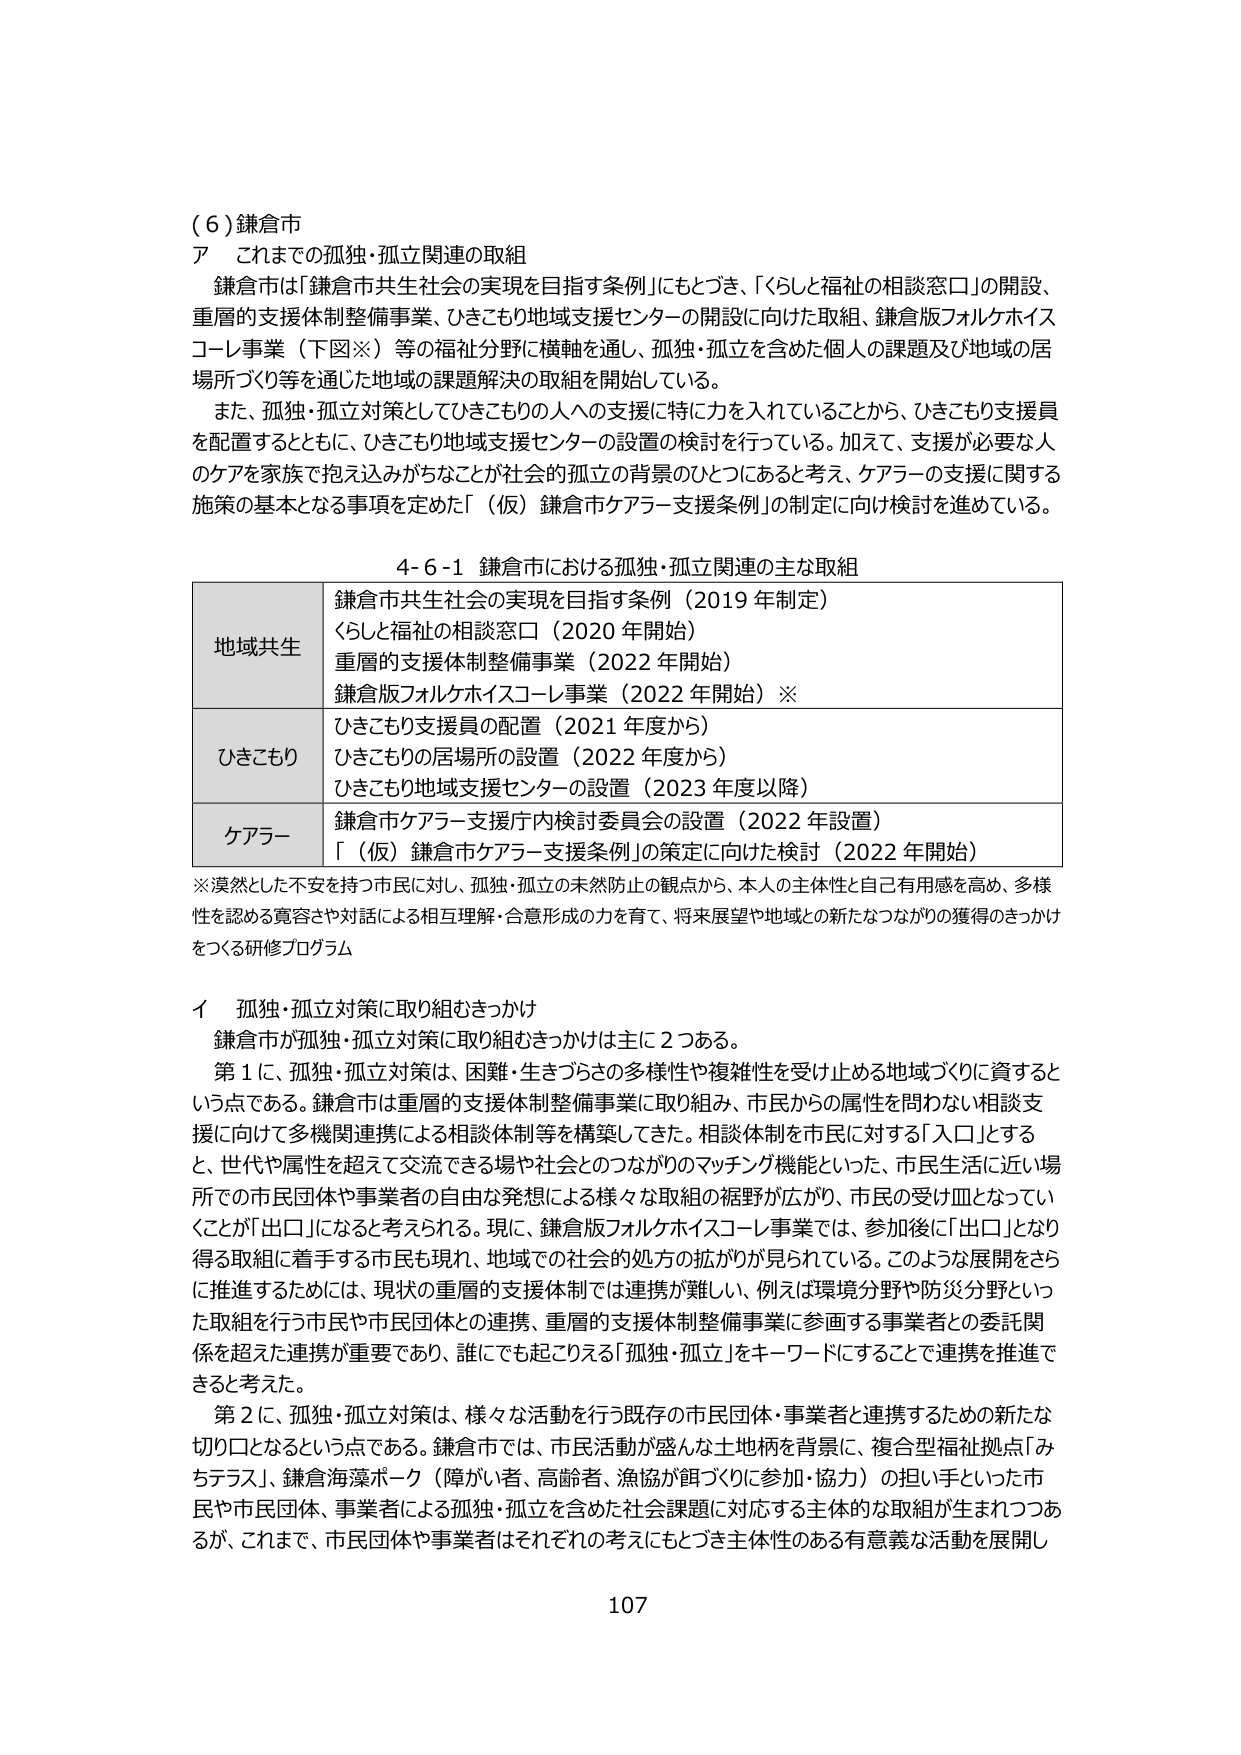
（６）鎌倉市
ア　これまでの孤独・孤立関連の取組
　鎌倉市は「鎌倉市共生社会の実現を目指す条例」にもとづき、「くらしと福祉の相談窓口」の開設、
重層的支援体制整備事業、ひきこもり地域支援センターの開設に向けた取組、鎌倉版フォルクホイス
コーレ事業（下図※）等の福祉分野に横軸を通し、孤独・孤立を含めた個人の課題及び地域の居
場所づくり等を通じた地域の課題解決の取組を開始している。
　また、孤独・孤立対策としてひきこもりの人への支援に特に力を入れていることから、ひきこもり支援員
を配置するとともに、ひきこもり地域支援センターの設置の検討を行っている。加えて、支援が必要な人
のケアを家族で抱え込みがちなことが社会的孤立の背景のひとつにあると考え、ケアラーの支援に関する
施策の基本となる事項を定めた「（仮）鎌倉市ケアラー支援条例」の制定に向け検討を進めている。

4-6-1 鎌倉市における孤独・孤立関連の主な取組

| 地域共生 | 鎌倉市共生社会の実現を目指す条例（2019 年制定）
くらしと福祉の相談窓口（2020 年開始）
重層的支援体制整備事業（2022 年開始）
鎌倉版フォルクホイスコーレ事業（2022 年開始）※ |
|----------|------------------------------------------------------------------------------------------------------------------|
| ひきこもり | ひきこもり支援員の配置（2021 年度から）
ひきこもりの居場所の設置（2022 年度から）
ひきこもり地域支援センターの設置（2023 年度以降） |
| ケアラー | 鎌倉市ケアラー支援庁内検討委員会の設置（2022 年設置）
「（仮）鎌倉市ケアラー支援条例」の策定に向けた検討（2022 年開始） |

※漠然とした不安を持つ市民に対し、孤独・孤立の未然防止の観点から、本人の主体性と自己有用感を高め、多様
性を認める寛容さや対話による相互理解・合意形成の力を育て、将来展望や地域との新たなつながりの獲得のきっかけ
をつくる研修プログラム

イ　孤独・孤立対策に取り組むきっかけ
　鎌倉市が孤独・孤立対策に取り組むきっかけは主に２つある。
　第１に、孤独・孤立対策は、困難・生きづらさの多様性や複雑性を受け止められる地域づくりに資すると
いう点である。鎌倉市は重層的支援体制整備事業に取り組み、市民からの属性を問わない相談支
援に向けて多機関連携による相談体制等を構築してきた。相談体制を市民に対する「入口」とする
と、世代や属性を超えて交流できる場や社会とのつながりのマッチング機能といった、市民生活に近い場
所での市民団体や事業者の自由な発想による様々な取組の裾野が広がり、市民の受け皿となってい
くことが「出口」になると考えられる。現に、鎌倉版フォルクホイスコーレ事業では、参加後に「出口」となり
得る取組に着手する市民も現れ、地域での社会的処方の拡がりが見られている。このような展開をさら
に推進するためには、現状の重層的支援体制では連携が難しい、例えば環境分野や防災分野といった
取組を行う市民や市民団体との連携、重層的支援体制整備事業に参画する事業者との委託関
係を超えた連携が重要であり、誰にでも起こりえる「孤独・孤立」をキーワードにすることで連携を推進で
きると考えた。
　第２に、孤独・孤立対策は、様々な活動を行う既存の市民団体・事業者と連携するための新たな
切り口となるという点である。鎌倉市では、市民活動が盛んな土地柄を背景に、複合型福祉拠点「み
ちテラス」、鎌倉海深ポーク（障がい者、高齢者、漁協が餌づくりに参加・協力）の担い手といった市
民や市民団体、事業者による孤独・孤立を含めた社会課題に対応する主体的な取組が生まれつつあ
るが、これまで、市民団体や事業者はそれぞれの考えにもとづき主体性のある有意義な活動を展開し

107